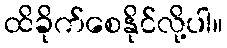
ထိခိုက်စေနိုင်လို့ပါ။